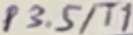
Text: P3.5/T1